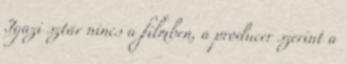
Igazi sztár nincs a filmben, a producer szerint a